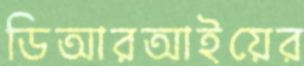
ডিআরআইয়ের